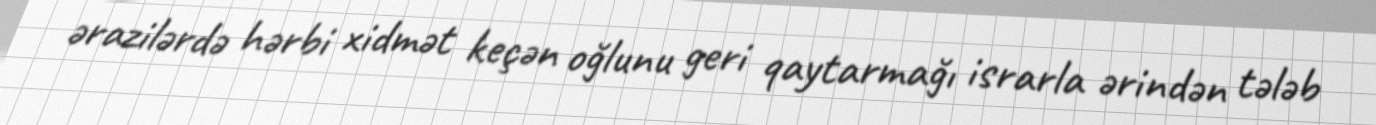
ərazilərdə hərbi xidmət keçən oğlunu geri qaytarmağı israrla ərindən tələb